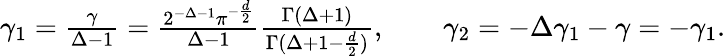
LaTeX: \textstyle\gamma_{1}=\frac\gamma{\Delta-1}=\frac{2^{-\Delta-1}\pi^{-\frac d2}}{\Delta-1}\frac{\Gamma(\Delta+1)}{\Gamma(\Delta+1-\frac d2)},\qquad\gamma_{2}=-\Delta\gamma_{1}-\gamma=-\gamma_{1}.